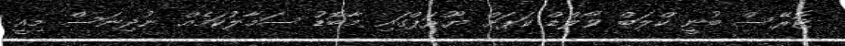
ޓޮރޭސް ބުނީ ކްލަބް ވޯލްޑް ކަޕަށް ޔޫރަޕްގައި މާބޮޑު ސަމާލުކަމެއް ނުދިނަސް މިއީ